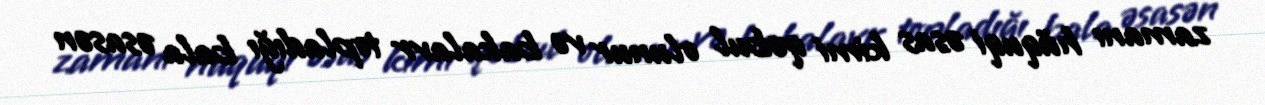
zamanı hüquqi əsas kimi qəbul olunur və bakalavr topladığı bala əsasən